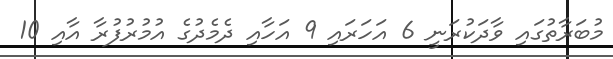
މުބަރާތުގައި ވާދަކުރަނީ 6 އަހަރައި 9 އަހާއި ދެމެދުގެ އުމުރުފުރާ އާއި 10